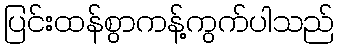
ပြင်းထန်စွာကန့်ကွက်ပါသည်